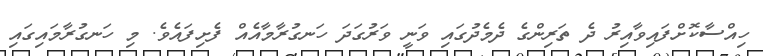
ހިއްސާކޮށްފައިވާއިރު ދެ ތަރިންގެ ދެމެދުގައި ވަނީ ވަރުގަދަ ހަނގުރާމާއެއް ފެށިފައެވެ. މި ހަނގުރާމައިގައި